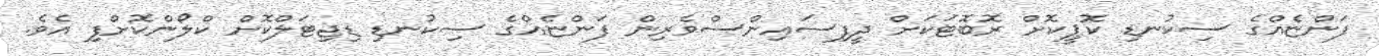
ފަންޏެއްގެ ސިކުނޑި ކޮޕީކޮށް ރޮބޮޓަކަށް ދީފިސައިންސްވެރިން ފަންޏެއްގެ ސިކުނޑި ޑިޖިޓަލްކޮށް ކްލޯންކޮށްފި އެވެ.